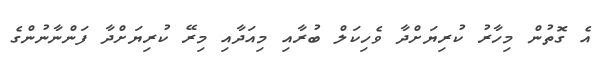
އެ ގޮތުން މިހާރު ކުރިޔަށްދާ ވެހިކަލް ބުރާއި މިއަދާއި މިރޭ ކުރިޔަށްދާ ފަންނާނުންގެ